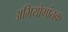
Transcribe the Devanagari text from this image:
अभियोगांतक